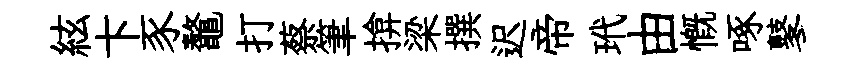
絃卞豕鼇打蔡筆揜梁撰迟帝玳由慨啄鼕